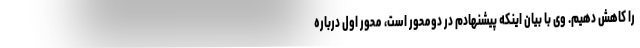
را کاهش دهیم. وی با بیان اینکه پیشنهادم در دومحور است، محور اول درباره